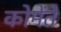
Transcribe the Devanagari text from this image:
कोमेंते